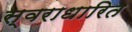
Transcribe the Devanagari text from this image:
स्वराधारित